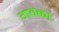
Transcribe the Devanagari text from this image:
गवळा